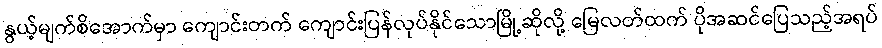
နွယ့်မျက်စိအောက်မှာ ကျောင်းတက် ကျောင်းပြန်လုပ်နိုင်သောမြို့ဆိုလို့ မြေလတ်ထက် ပိုအဆင်ပြေသည့်အရပ်